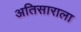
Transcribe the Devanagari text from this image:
अतिसाराला